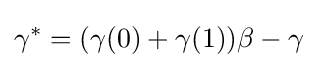
\gamma ^{*}=(\gamma (0)+\gamma (1))\beta -\gamma